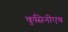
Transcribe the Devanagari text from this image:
कुसिनीएच